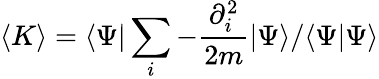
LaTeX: \langle K\rangle=\langle\Psi\vert\sum_{i}-\frac{\partial_{i}^{2}}{2m}\vert\Psi\rangle/\langle\Psi\vert\Psi\rangle